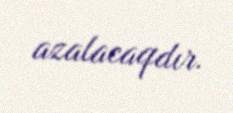
azalacaqdır.